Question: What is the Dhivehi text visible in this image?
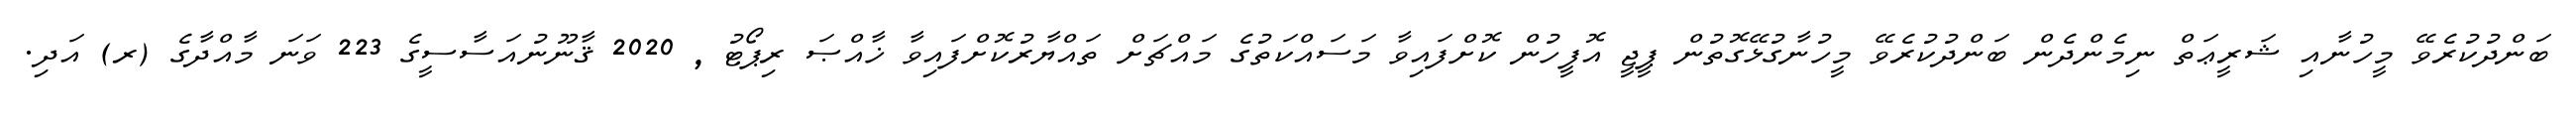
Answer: ބަންދުކުރެވޭ މީހުނާއި ޝަރީޢަތް ނިމެންދެން ބަންދުކުރެވޭ މީހުނާގުޅޭގޮތުން ޕީޖީ އޮފީހުން ކޮށްފައިވާ މަސައްކަތުގެ މައްޗަށް ތައްޔާރުކޮށްފައިވާ ޚާއްޞަ ރިޕޯޓު , 2020 ޤާނޫނުއަސާސީގެ 223 ވަނަ މާއްދާގެ (ރ) އަދި.